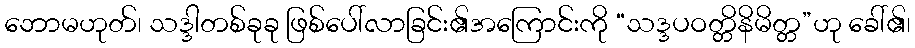
ဘောမဟုတ်၊ သဒ္ဒါတစ်ခုခု ဖြစ်ပေါ်လာခြင်း၏အကြောင်းကို “သဒ္ဒပဝတ္တိနိမိတ္တ”ဟု ခေါ်၏၊